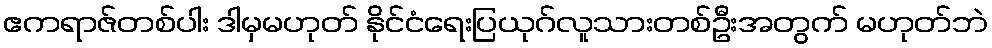
ဧကရာဇ်တစ်ပါး ဒါမှမဟုတ် နိုင်ငံရေးပြယုဂ်လူသားတစ်ဦးအတွက် မဟုတ်ဘဲ